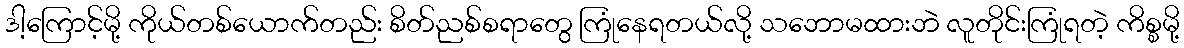
ဒါ့ကြောင့်မို့ ကိုယ်တစ်ယောက်တည်း စိတ်ညစ်စရာတွေ ကြုံနေရတယ်လို့ သဘောမထားဘဲ လူတိုင်းကြုံရတဲ့ ကိစ္စမို့